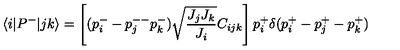
\langle i | P ^ { - } | j k \rangle = \left[ ( p _ { i } ^ { - } - p _ { j } ^ { -- } p _ { k } ^ { - } ) \sqrt { \frac { J _ { j } J _ { k } } { J _ { i } } } C _ { i j k } \right] p _ { i } ^ { + } \delta ( p _ { i } ^ { + } - p _ { j } ^ { + } - p _ { k } ^ { + } )